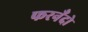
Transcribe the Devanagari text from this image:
फरनँदो